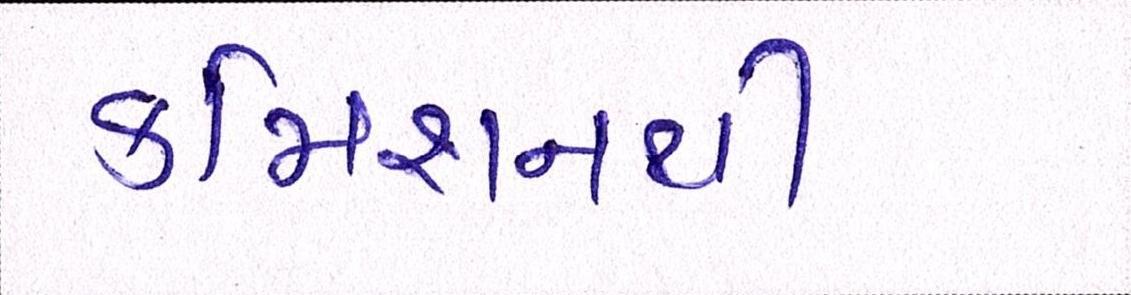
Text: કમિશનરથી